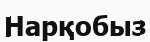
Нарқобыз